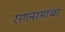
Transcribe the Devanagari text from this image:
रागनामांचा